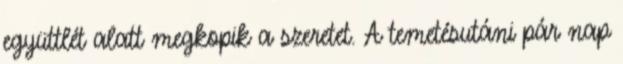
együttlét alatt megkopik a szeretet. A temetésutáni pár nap